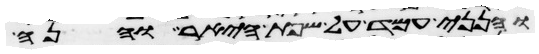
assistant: והנני עמד על שפת היאר והנה